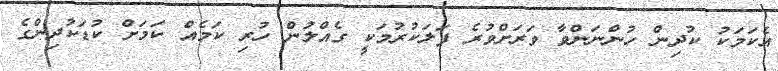
އެކަމަކު ކުދިން ހުންނަންވާ ވަރަށްވުރެ ފަލަކުރުމަކީ ގެއްލުން ހުރި ކަމެއް ކަމަށް ކުޑަކުދިންގެ